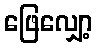
ဖြေလျှော့